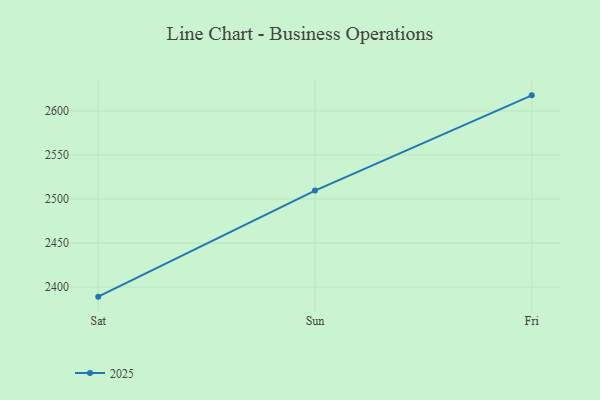
{"axis": {"x": "Day", "y": "Latency (ms)"}, "legend": ["2025"], "data": [{"x": "Sat", "y": 2389.1, "type": "2025"}, {"x": "Sun", "y": 2509.6, "type": "2025"}, {"x": "Fri", "y": 2617.7, "type": "2025"}]}